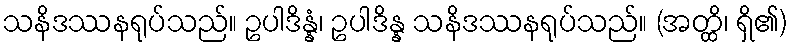
သနိဒဿနရုပ်သည်။ ဥပါဒိန္နံ၊ ဥပါဒိန္န သနိဒဿနရုပ်သည်။ (အတ္ထိ၊ ရှိ၏)